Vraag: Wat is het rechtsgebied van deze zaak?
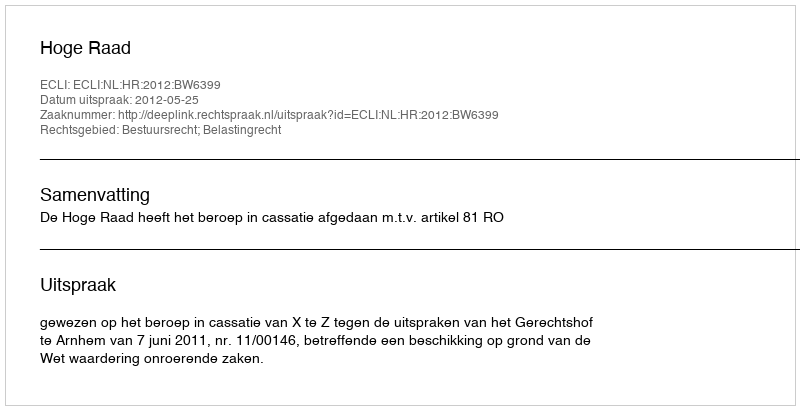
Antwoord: Bestuursrecht; Belastingrecht